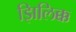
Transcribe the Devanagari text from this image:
झिलिक्क